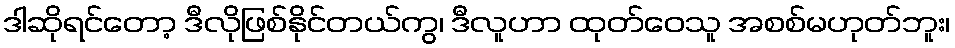
ဒါဆိုရင်တော့ ဒီလိုဖြစ်နိုင်တယ်ကွ၊ ဒီလူဟာ ထုတ်ဝေသူ အစစ်မဟုတ်ဘူး၊